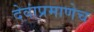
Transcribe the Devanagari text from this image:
देवांप्रमाणेच